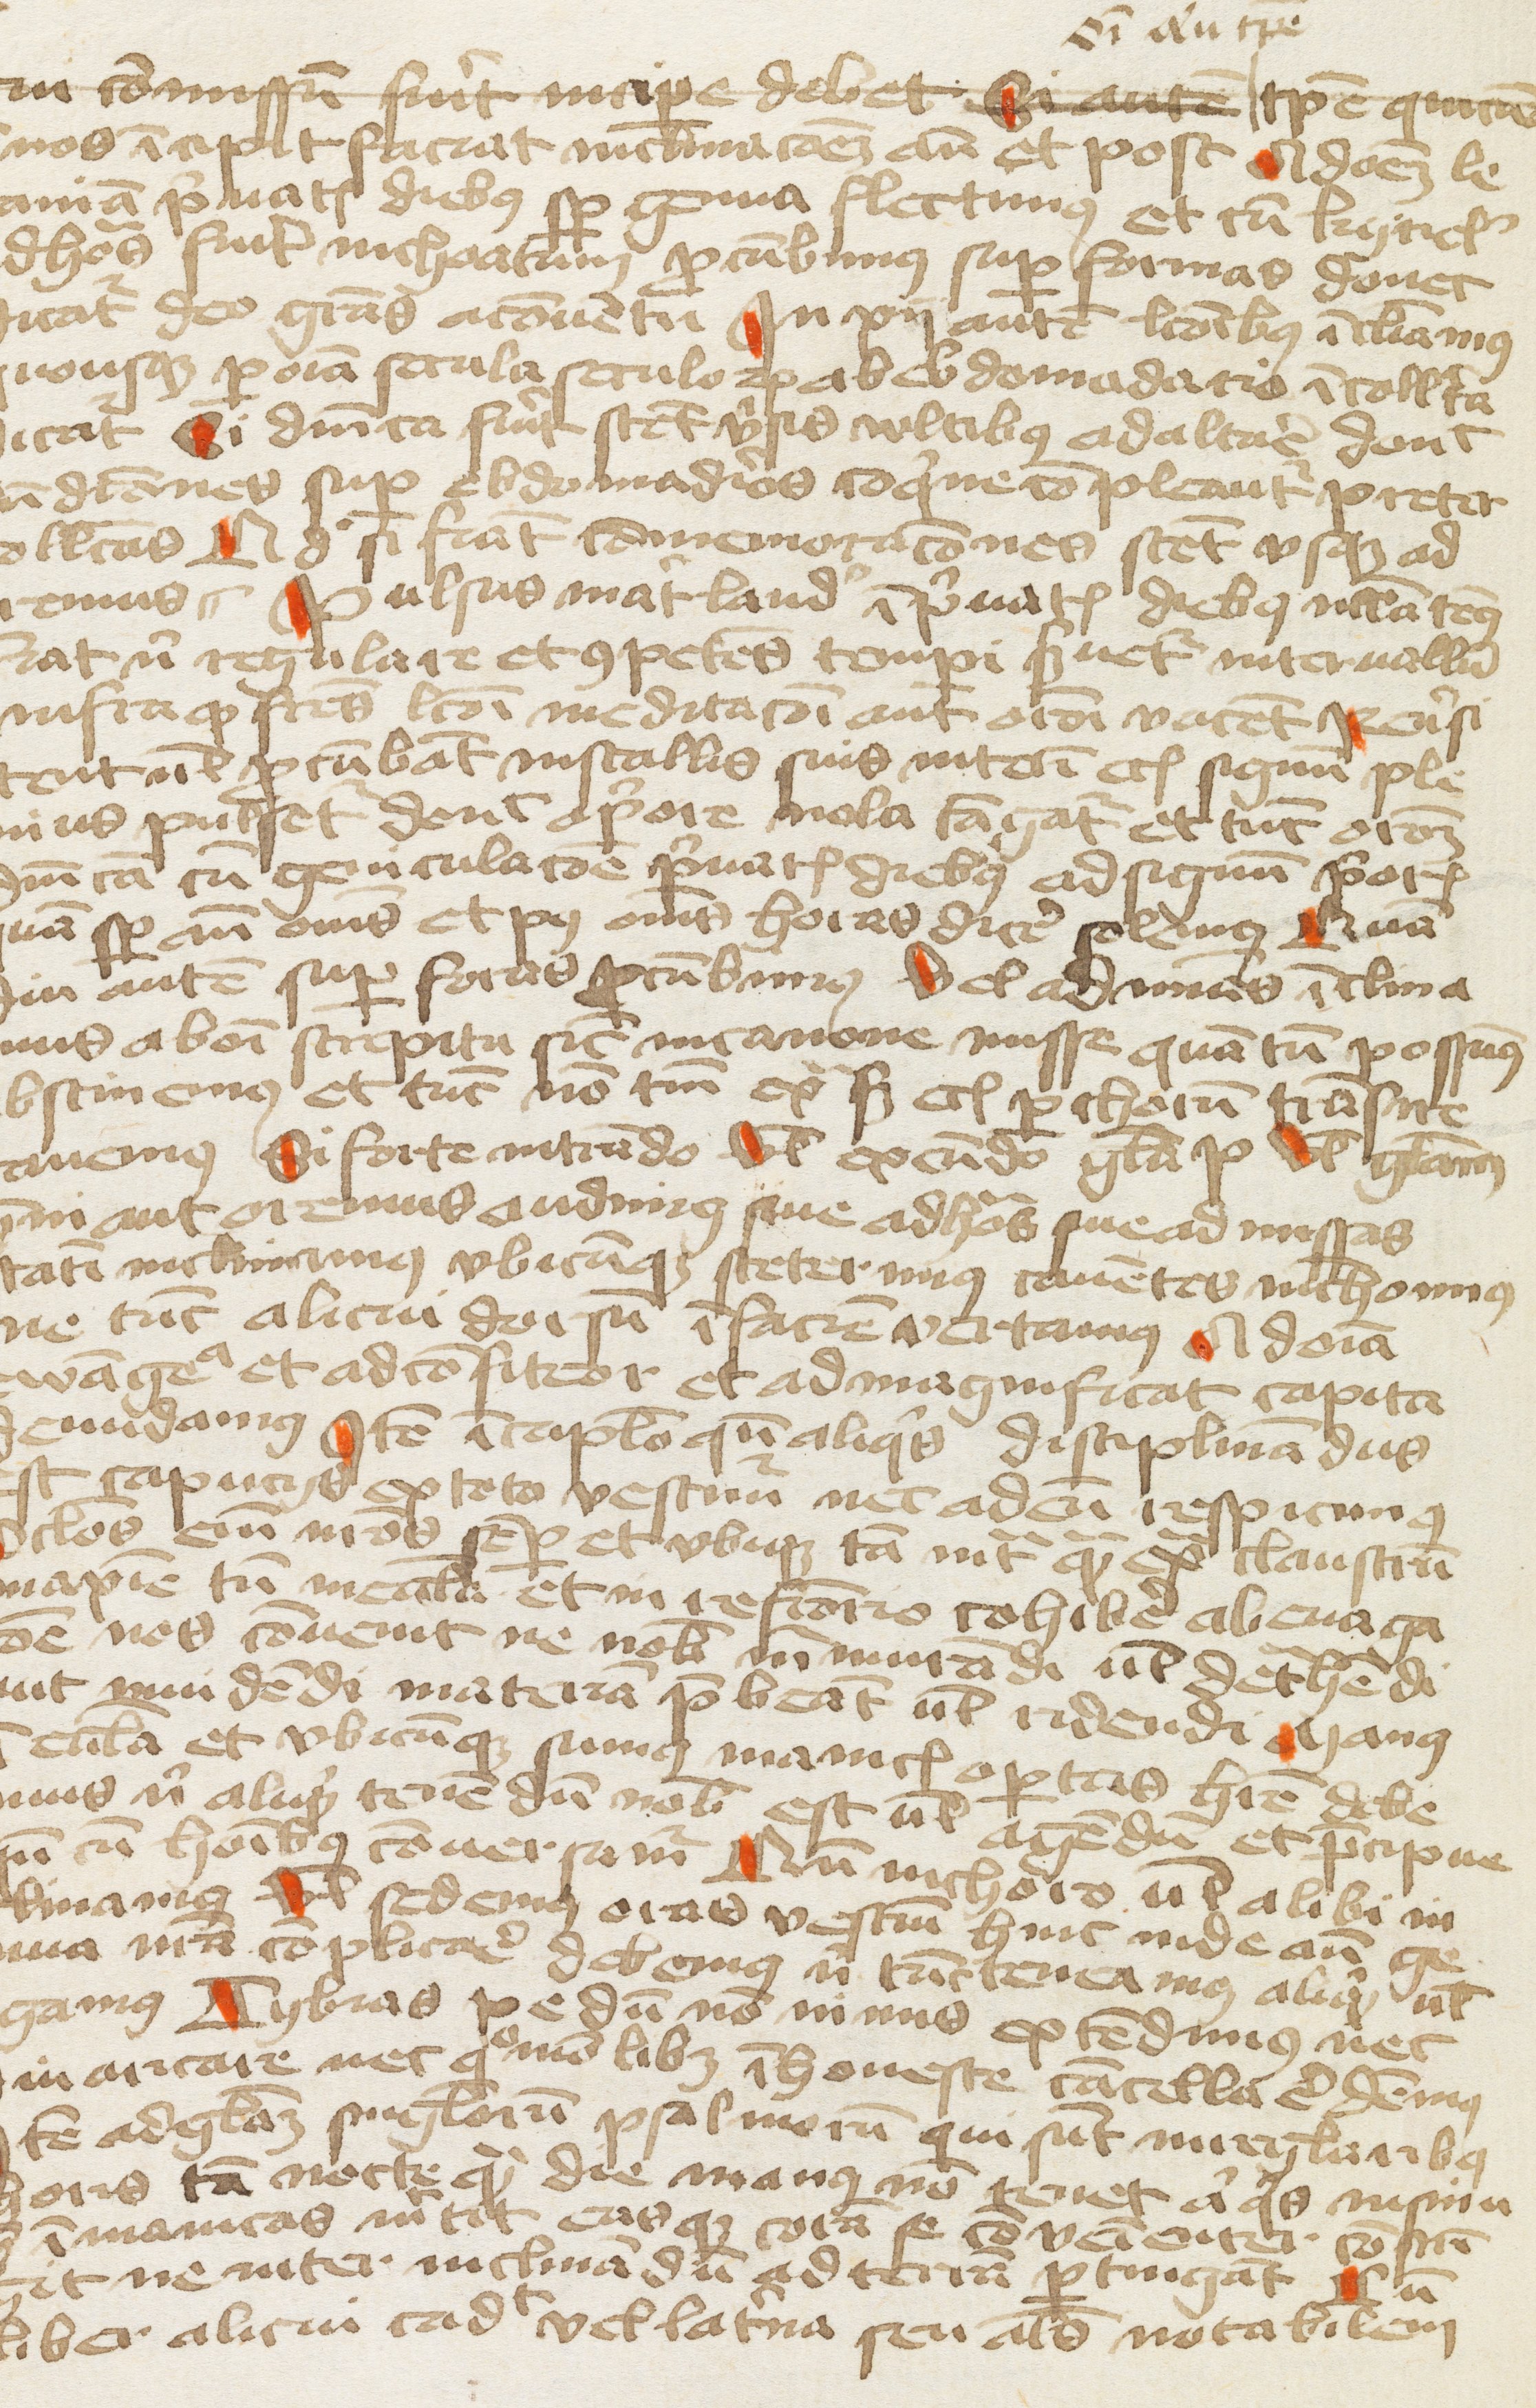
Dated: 1400–1499